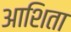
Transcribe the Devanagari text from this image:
आशिता